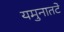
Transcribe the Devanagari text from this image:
यमुनातटे